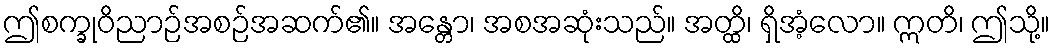
ဤစက္ခုဝိညာဉ်အစဉ်အဆက်၏။ အန္တော၊ အစအဆုံးသည်။ အတ္ထိ၊ ရှိအံ့လော။ ဣတိ၊ ဤသို့။